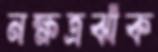
নক্ষত্রঝাঁক